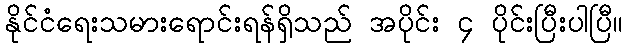
နိုင်ငံရေးသမားရောင်းရန်ရှိသည် အပိုင်း ၄ ပိုင်းပြီးပါပြီ။